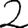
Digit: 2